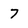
Character: 7